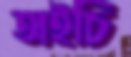
অইচি